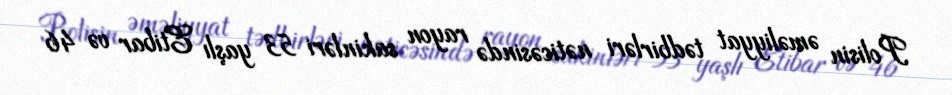
Polisin əməliyyat tədbirləri nəticəsində rayon sakinləri 53 yaşlı Etibar və 46